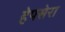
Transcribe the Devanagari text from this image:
हेपसेरा